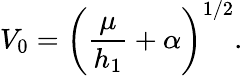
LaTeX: V_{0}=\left(\frac{\mu}{h_{1}}+\alpha\right)^{1/2}.